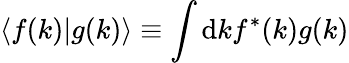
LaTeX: \langle f(k)|g(k)\rangle\equiv\int\mathrm{d}kf^{*}(k)g(k)